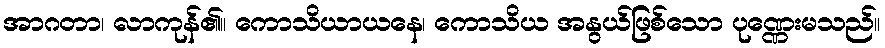
အာဂတာ၊ လာကုန်၏။ ကောသိယာယနေ၊ ကောသိယ အနွယ်ဖြစ်သော ပုဏ္ဏေးမသည်။